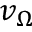
v _ { \Omega }